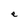
Character: e